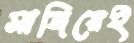
সাজিয়েই